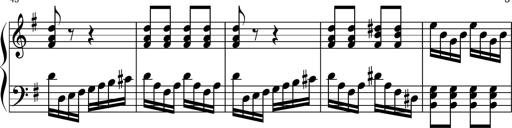
Title: Keyboard Sonatina in G
Composer: Michael Pogudin
Key: G major